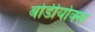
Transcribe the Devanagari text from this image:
बोर्डीयोक्स